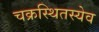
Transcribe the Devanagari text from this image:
चक्रस्थितस्येव